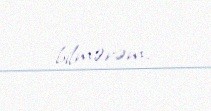
bilmərəm.